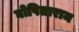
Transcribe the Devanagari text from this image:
घोषिताराम